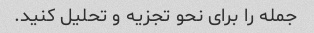
جمله را برای نحو تجزیه و تحلیل کنید.